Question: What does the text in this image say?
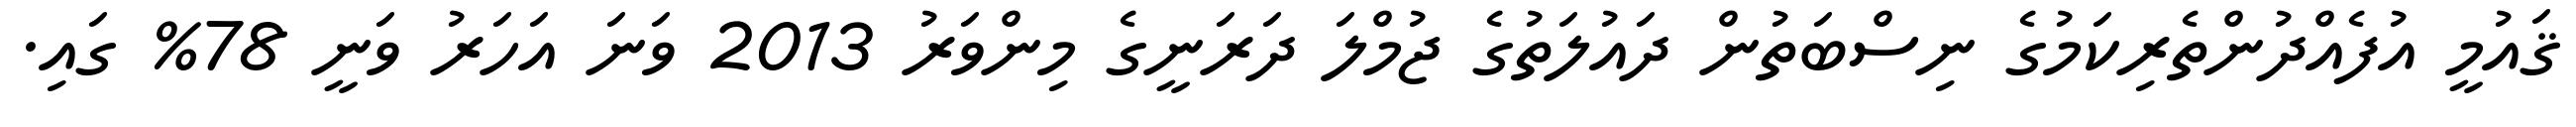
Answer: ޤައުމީ އުފެއްދުންތެރިކަމުގެ ނިސްބަތުން ދައުލަތުގެ ޖުމްލަ ދަރަނީގެ މިންވަރު 2013 ވަނަ އަހަރު ވަނީ 78% ގައި.